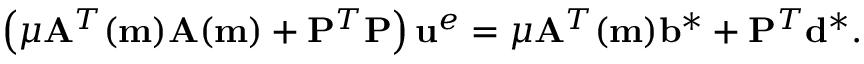
\left( \mu \mathbf { A } ^ { T } ( \mathbf { m } ) \mathbf { A } ( \mathbf { m } ) + \mathbf { P } ^ { T } \mathbf { P } \right) \mathbf { u } ^ { e } = \mu \mathbf { A } ^ { T } ( \mathbf { m } ) \mathbf { b } ^ { * } + \mathbf { P } ^ { T } \mathbf { d } ^ { * } .